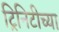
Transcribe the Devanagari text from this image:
ट्रिनिटीच्या